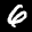
Label: 6